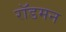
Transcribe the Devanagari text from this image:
रॉडमन